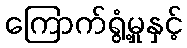
ကြောက်ရွံ့မှုနှင့်